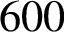
6 0 0